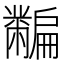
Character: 𪓎